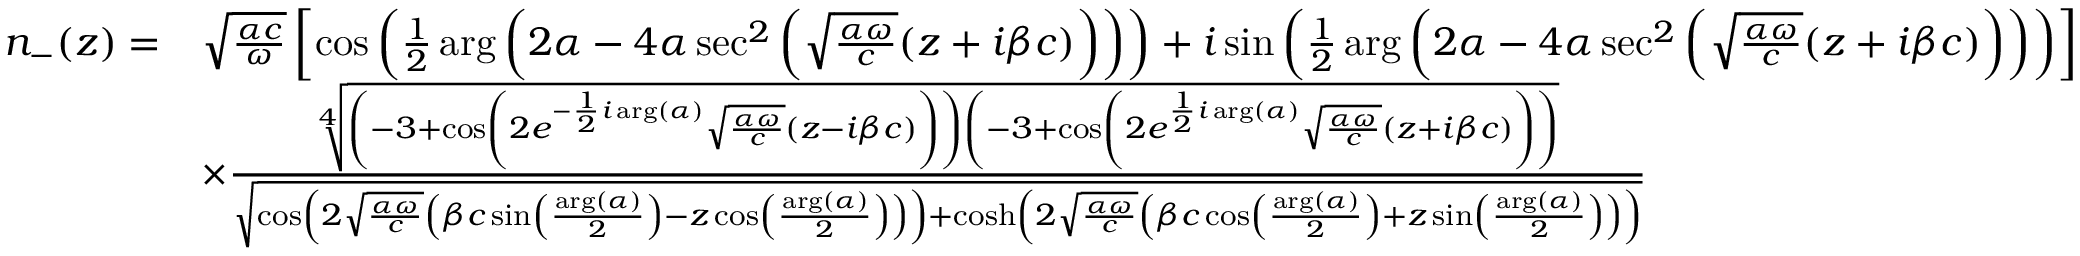
\begin{array} { r l } { n _ { - } ( z ) = } & { \sqrt { \frac { \alpha c } { \omega } } \left[ \cos \left( \frac { 1 } { 2 } \arg \left( 2 \alpha - 4 \alpha \sec ^ { 2 } \left( \sqrt { \frac { \alpha \omega } { c } } ( z + i \beta c ) \right) \right) \right) + i \sin \left( \frac { 1 } { 2 } \arg \left( 2 \alpha - 4 \alpha \sec ^ { 2 } \left( \sqrt { \frac { \alpha \omega } { c } } ( z + i \beta c ) \right) \right) \right) \right] } \\ & { \times \frac { \sqrt [ 4 ] { \left( - 3 + \cos \left( 2 e ^ { - \frac { 1 } { 2 } i \arg ( \alpha ) } \sqrt { \frac { \alpha \omega } { c } } ( z - i \beta c ) \right) \right) \left( - 3 + \cos \left( 2 e ^ { \frac { 1 } { 2 } i \arg ( \alpha ) } \sqrt { \frac { \alpha \omega } { c } } ( z + i \beta c ) \right) \right) } } { \sqrt { \cos \left( 2 \sqrt { \frac { \alpha \omega } { c } } \left( \beta c \sin \left( \frac { \arg ( \alpha ) } { 2 } \right) - z \cos \left( \frac { \arg ( \alpha ) } { 2 } \right) \right) \right) + \cosh \left( 2 \sqrt { \frac { \alpha \omega } { c } } \left( \beta c \cos \left( \frac { \arg ( \alpha ) } { 2 } \right) + z \sin \left( \frac { \arg ( \alpha ) } { 2 } \right) \right) \right) } } } \end{array}